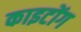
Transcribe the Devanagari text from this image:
काइटोंग